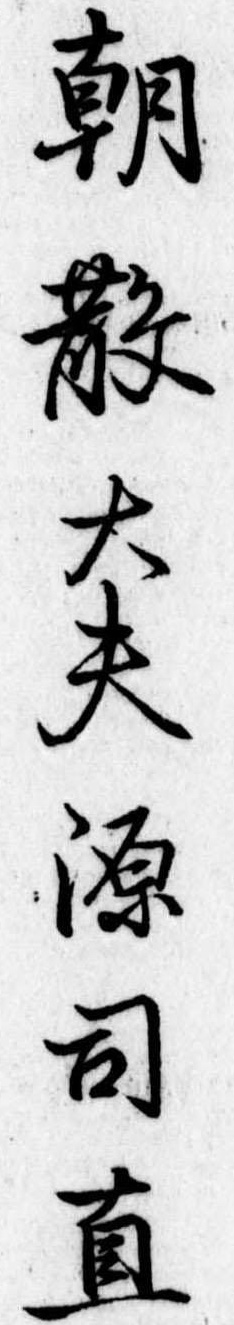
朝散大夫源司直